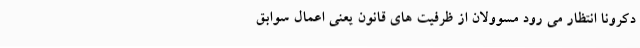
دکرونا انتظار می رود مسوولان از ظرفیت های قانون یعنی اعمال سوابق